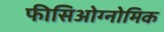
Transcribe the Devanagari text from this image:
फीसिओग्नोमिक